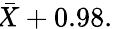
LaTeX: \! {\bar{X}}+0.98.